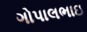
ગોપાલભાઇ